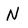
Character: N